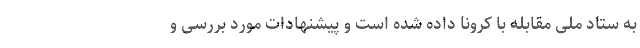
به ستاد ملی مقابله با کرونا داده شده است و پیشنهادات مورد بررسی و